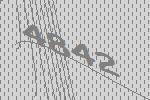
4842